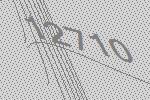
12710